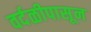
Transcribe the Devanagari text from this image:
वर्दळीपासून